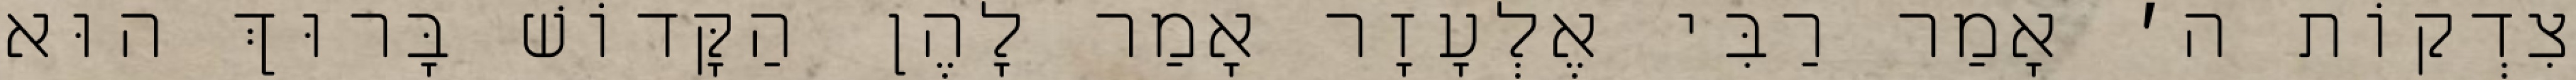
צִדְקוֹת ה׳ אָמַר רַבִּי אֶלְעָזָר אָמַר לָהֶן הַקָּדוֹשׁ בָּרוּךְ הוּא